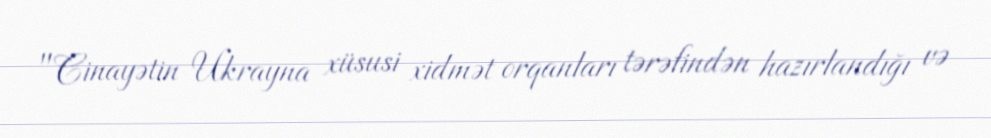
"Cinayətin Ukrayna xüsusi xidmət orqanları tərəfindən hazırlandığı və